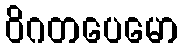
ဝိဂတပေမော